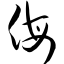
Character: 侮